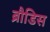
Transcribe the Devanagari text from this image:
ब्रौडिस